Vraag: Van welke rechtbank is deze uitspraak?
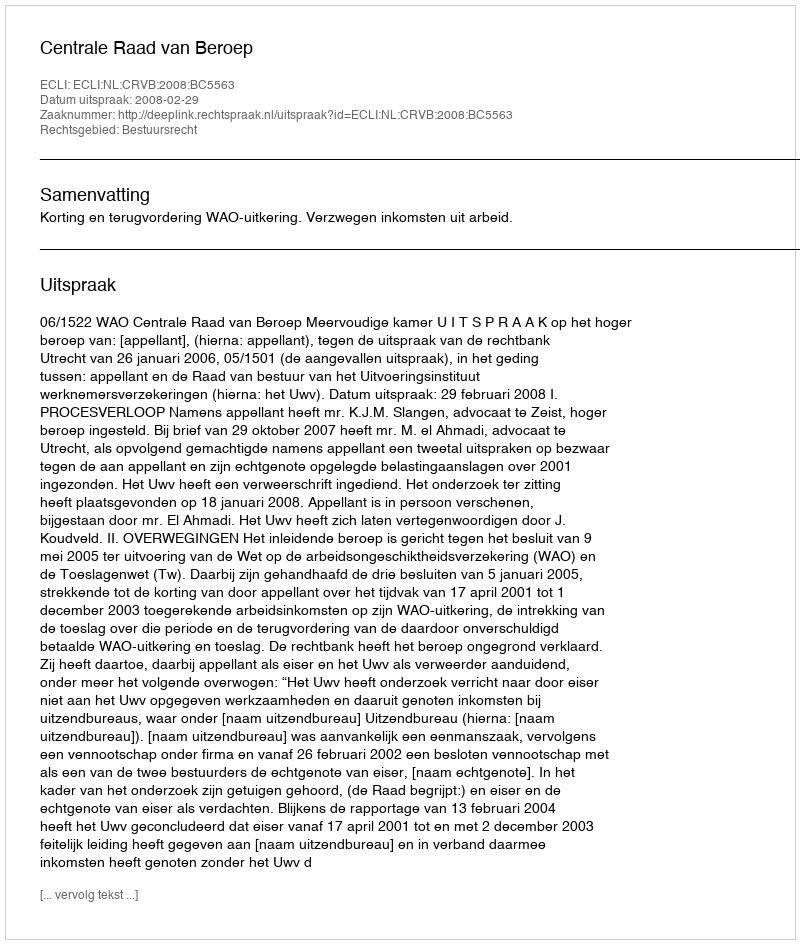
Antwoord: Centrale Raad van Beroep